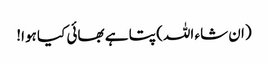
(ان شاء اللہ) پتا ہے بھائی کیا ہوا!